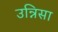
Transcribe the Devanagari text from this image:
उन्निसा